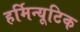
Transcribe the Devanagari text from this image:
हर्मिन्यूटिक